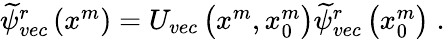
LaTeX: \begin{array}{r}{\widetilde{\psi}_{vec}^{r}\left(x^{m}\right)=U_{vec}\left(x^{m},x_{0}^{m}\right)\widetilde{\psi}_{vec}^{r}\left(x_{0}^{m}\right)\; .}\end{array}